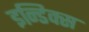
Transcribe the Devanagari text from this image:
इन्डिक्स